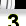
Digit: 3